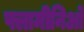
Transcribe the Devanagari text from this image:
फ्लामीनिओ